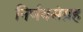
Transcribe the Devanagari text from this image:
निर्णयसंग्रह